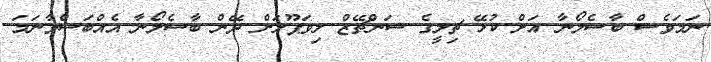
ނަމަވެސް ބާސެލޯނާ އަށް ކުޅޭ ޗިލީގެ ސަންޗޭޒް ލިވަޕޫލަށް ދޭން ބާސެލޯނާ އެއްބަސްވާނަމަ